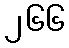
၂၆၆